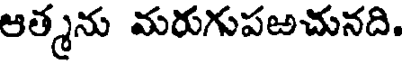
ఆత్మను మరుగుపఱచునది.